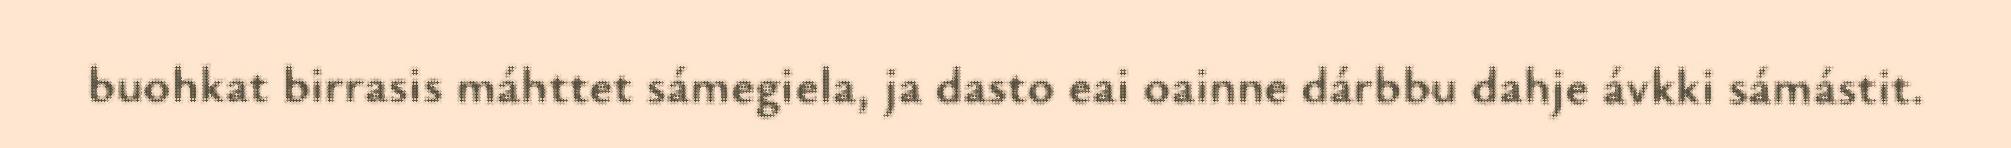
buohkat birrasis máhttet sámegiela, ja dasto eai oainne dárbbu dahje ávkki sámástit.